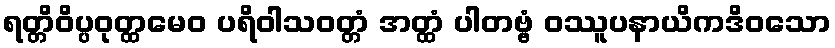
ရတ္တိဝိပ္ပဝုတ္ထမေဝ ပရိဝါသဝတ္တံ အတ္ထံ ပါတဗ္ဗံ ဝဿူပနာယိကဒိဝသော